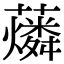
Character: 𧃮